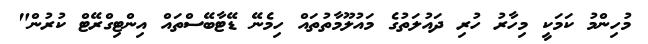
މުހިންމު ކަމަކީ މިހާރު ހުރި ދައުލަތުގެ މައުލޫމާތުތައް ހިމެނޭ ޑޭޓާބޭސްތައް އިންޓިގްރޭޓް ކުރުން"